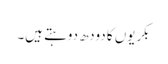
بکریوں کا دودھ دوہتے ہیں۔